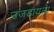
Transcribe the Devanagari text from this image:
उजडायला